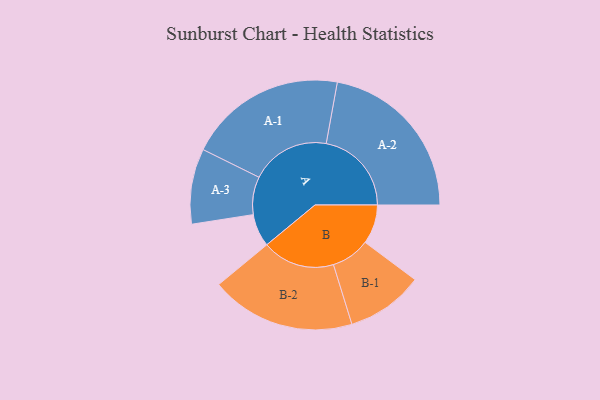
{"axis": {"x": "Segment", "y": "Value"}, "legend": ["", "A", "B"], "data": [{"x": "A", "y": 102, "type": ""}, {"x": "B", "y": 122, "type": ""}, {"x": "A-1", "y": 246, "type": "A"}, {"x": "A-2", "y": 265, "type": "A"}, {"x": "A-3", "y": 117, "type": "A"}, {"x": "B-1", "y": 120, "type": "B"}, {"x": "B-2", "y": 225, "type": "B"}]}